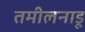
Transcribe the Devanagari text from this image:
तमीलनाडू